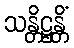
သန္တိဋ္ဌန္တိံ